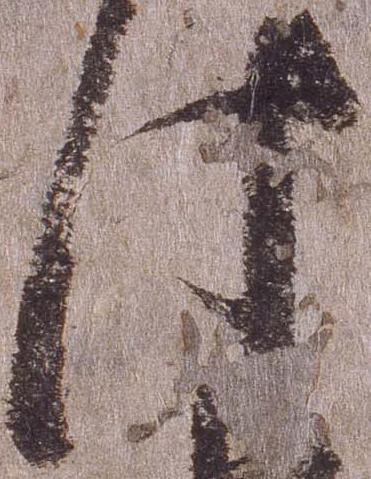
此